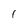
Character: 1